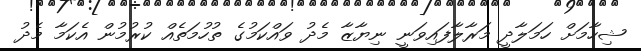
ޝިހާމަށް ހަމަލާދީ މަރާލާފައިވަނީ ނިޔާޒާ މެދު ވައްކަމުގެ ތުހުމަތެއް ކުރުމުން އެކަމާ މެދު